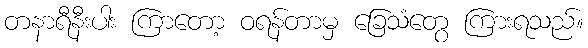
တနာရီနီးပါး ကြာတော့ ဝရန်တာမှ ခြေသံတွေ ကြားရသည်။